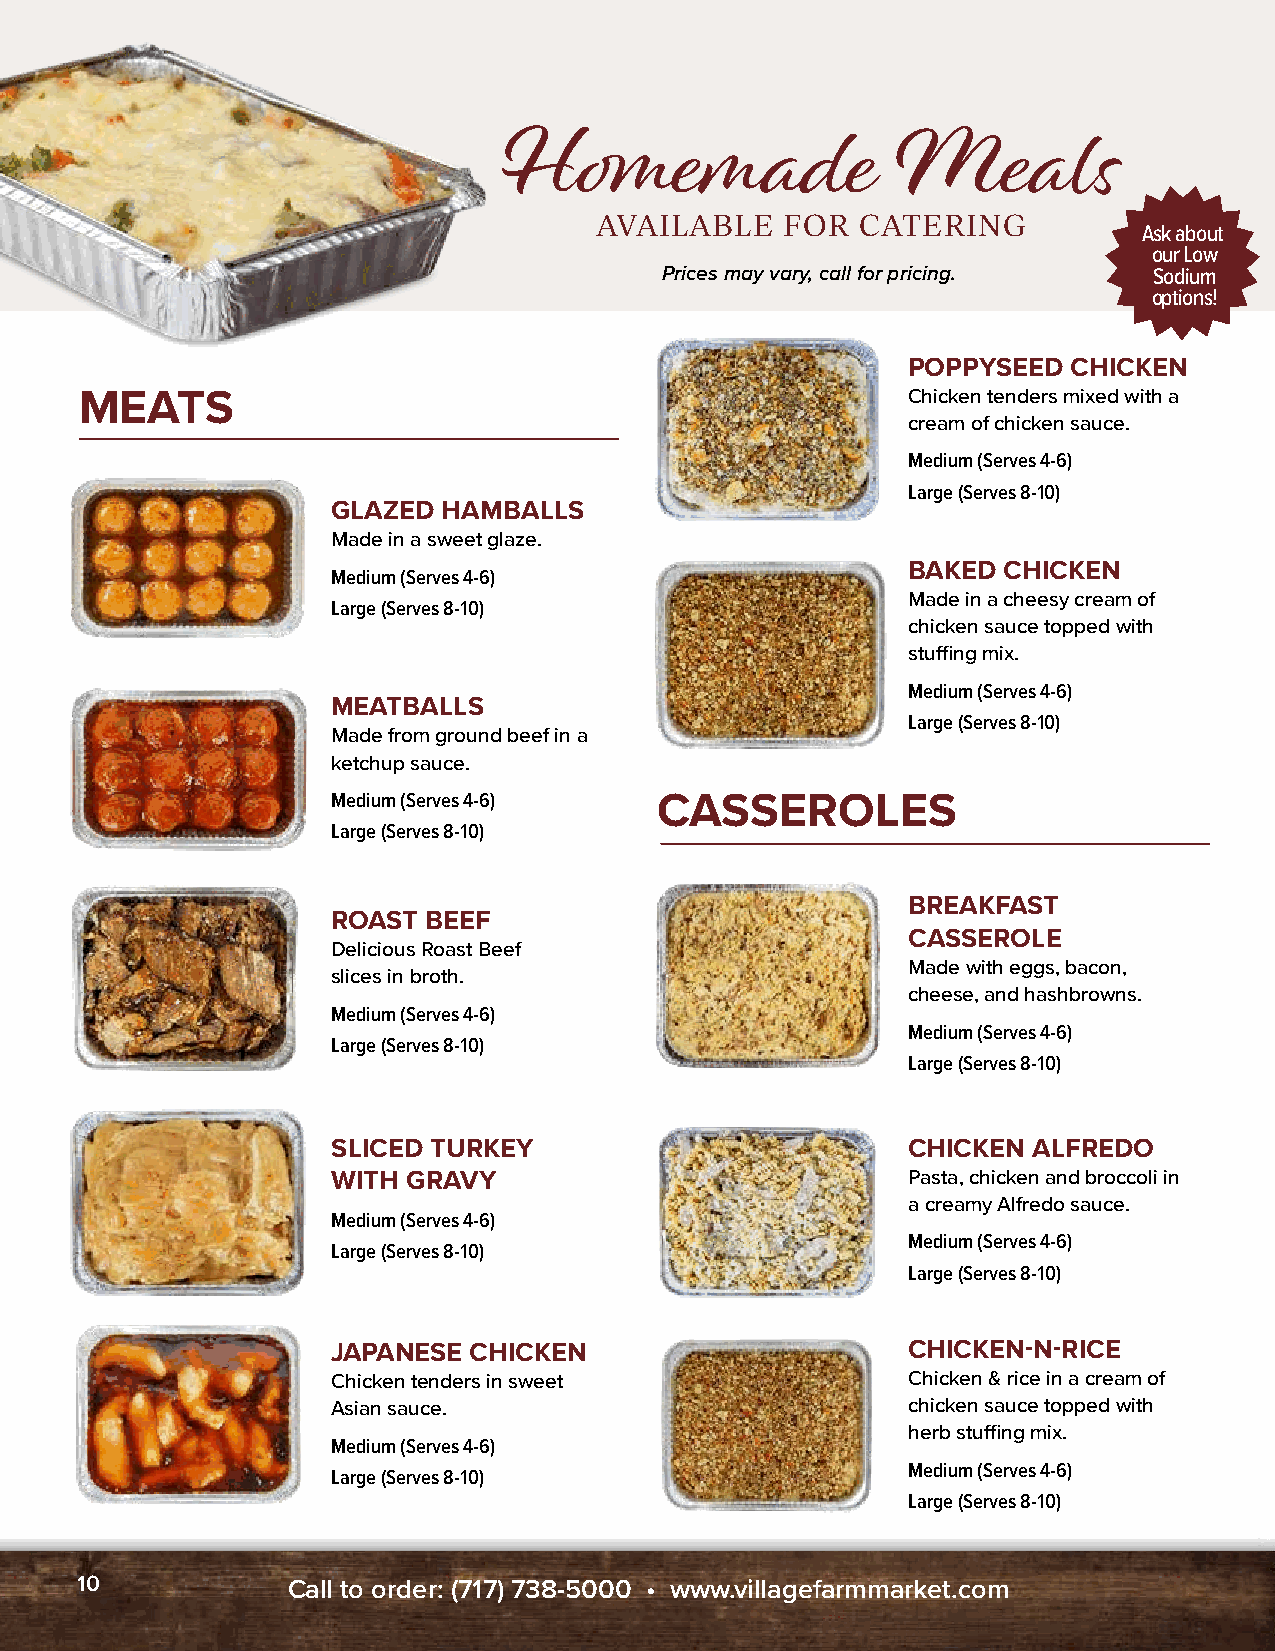
Homemade                  Meals
 AVAILABLE    FOR  CATERING
 Ask about
 our Low
 Prices may vary, call for pricing. Sodium
 options!
 POPPYSEED  CHICKEN
 MEATS                                                  Chicken tenders mixed with a
 cream of chicken sauce.
 Medium (Serves 4-6)
 Large (Serves 8-10)
 GLAZED HAMBALLS
 Made in a sweet glaze.
 BAKED CHICKEN
 Medium (Serves 4-6)
 Made in a cheesy cream of
 Large (Serves 8-10)
 chicken sauce topped with
 stuffing mix.
 Medium (Serves 4-6)
 MEATBALLS
 Large (Serves 8-10)
 Made from ground beef in a
 ketchup sauce.
 Medium (Serves 4-6)  CASSEROLES
 Large (Serves 8-10)
 BREAKFAST
 ROAST BEEF
 CASSEROLE
 Delicious Roast Beef
 Made with eggs, bacon,
 slices in broth.
 cheese, and hashbrowns.
 Medium (Serves 4-6)
 Medium (Serves 4-6)
 Large (Serves 8-10)
 Large (Serves 8-10)
 SLICED TURKEY                         CHICKEN ALFREDO
 WITH GRAVY                            Pasta, chicken and broccoli in
 a creamy Alfredo sauce.
 Medium (Serves 4-6)
 Medium (Serves 4-6)
 Large (Serves 8-10)
 Large (Serves 8-10)
 JAPANESE CHICKEN                      CHICKEN-N-RICE
 Chicken tenders in sweet              Chicken & rice in a cream of
 Asian sauce.                          chicken sauce topped with
 herb stuffing mix.
 Medium (Serves 4-6)
 Medium (Serves 4-6)
 Large (Serves 8-10)
 Large (Serves 8-10)
 10            Call to order: (717) 738-5000 • www.villagefarmmarket.com